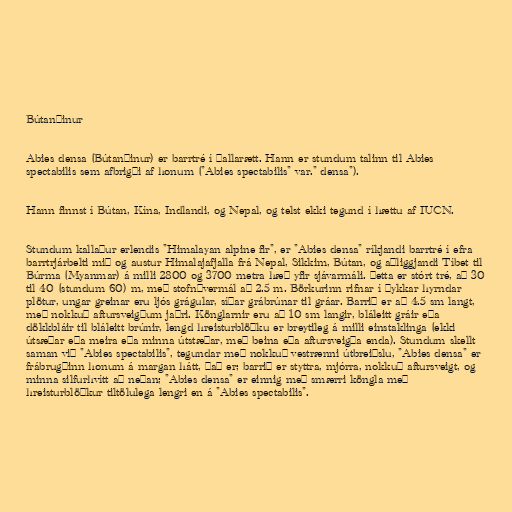
Bútanþinur

Abies densa (Bútanþinur) er barrtré í þallarætt. Hann er stundum talinn til Abies
spectabilis sem afbrigði af honum ("Abies spectabilis" var." densa").

Hann finnst í Bútan, Kína, Indlandi, og Nepal, og telst ekki tegund í hættu af IUCN.

Stundum kallaður erlendis "Himalayan alpine fir", er "Abies densa" ríkjandi barrtré í efra
barrtrjárbelti mið og austur Himalajafjalla frá Nepal, Sikkim, Bútan, og aðliggjandi Tíbet til
Búrma (Myanmar) á milli 2800 og 3700 metra hæð yfir sjávarmáli. Þetta er stórt tré, að 30
til 40 (stundum 60) m, með stofnþvermál að 2.5 m. Börkurinn rifnar í þykkar hyrndar
plötur, ungar greinar eru ljós grágular, síðar grábrúnar til gráar. Barrið er að 4.5 sm langt,
með nokkuð aftursveigðum jaðri. Könglarnir eru að 10 sm langir, bláleitt gráir eða
dökkbláir til bláleitt brúnir, lengd hreisturblöðku er breytileg á milli einstaklinga (ekki
útsæðar eða meira eða minna útstæðar, með beina eða aftursveigða enda). Stundum skellt
saman við "Abies spectabilis", tegundar með nokkuð vestrænni útbreiðslu, "Abies densa" er
frábrugðinn honum á margan hátt, það er; barrið er styttra, mjórra, nokkuð aftursveigt, og
minna silfurhvítt að neðan; "Abies densa" er einnig með smærri köngla með
hreisturblöðkur tiltölulega lengri en á "Abies spectabilis".